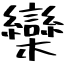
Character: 欒